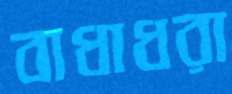
বাধাধরা